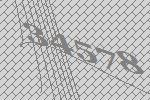
34578